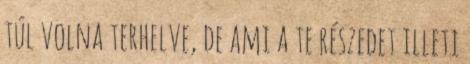
túl volna terhelve, de ami a te részedet illeti